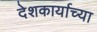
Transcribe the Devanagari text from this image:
देशकार्याच्या